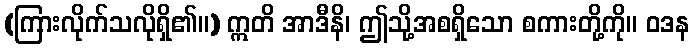
(ကြားလိုက်သလိုရှိ၏။) ဣတိ အာဒီနိ၊ ဤသို့အစရှိသော စကားတို့ကို။ ဝဒန